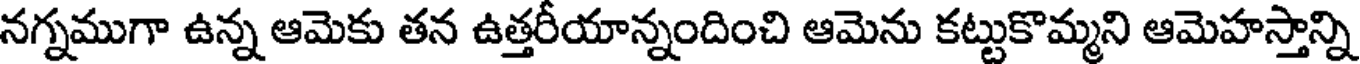
నగ్నముగా ఉన్న ఆమెకు తన ఉత్తరీయాన్నందించి ఆమెను కట్టుకొమ్మని ఆమెహస్తాన్ని